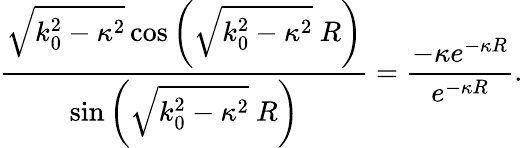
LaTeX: \frac{\sqrt{k_{0}^{2}-\kappa^{2}}\cos\left(\sqrt{k_{0}^{2}-\kappa^{2}}\ R\right)}{\sin\left(\sqrt{k_{0}^{2}-\kappa^{2}}\ R\right)}=\frac{-\kappa e^{-\kappa R}}{e^{-\kappa R}}.